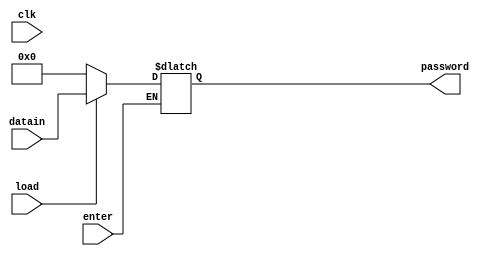
`timescale 1ns / 1ps
//////////////////////////////////////////////////////////////////////////////////
// Company: 
// Engineer: 
// 
// Design Name: 
// Module Name:    enterpassword 
// Project Name: 
// Target Devices: 
// Tool versions: 
// Description: 
//
// Dependencies: 
//
// Revision: 
// Revision 0.01 - File Created
// Additional Comments: 
//
//////////////////////////////////////////////////////////////////////////////////
module enterpassword(password,enter,load,clk,datain);
input enter,clk,load;
input [3:0] datain;
output reg [3:0] password;

always @ (*) begin

  if(enter)
  begin
  if(load)
  password=datain;
  else password=4'b0000;
  end

end
endmodule